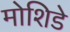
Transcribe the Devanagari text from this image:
मोशिडे